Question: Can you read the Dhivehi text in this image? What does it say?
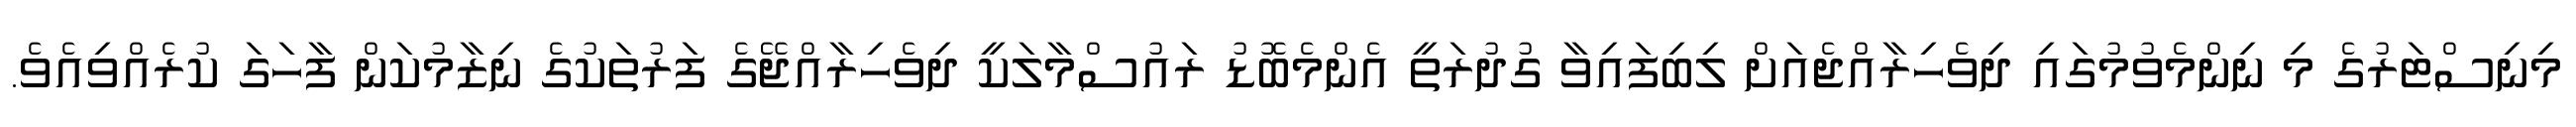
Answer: މިނިސްޓަރުގެ މި ނިންމެވުމުގައި ދިވެހިރާއްޖެއަށް ލިބިފައިވާ ގުދުރަތީ އެންމެބޮޑު ރައުސްމާލަކީ ދިވެހިރާއްޖޭގެ ފަރުތަކުގެ ނިޒާމުކަން ފާހަގަ ކުރެއްވިއެވެ.